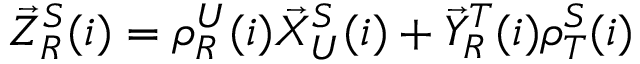
\begin{array} { r } { \vec { Z } _ { R } ^ { S } ( i ) = \rho _ { R } ^ { U } ( i ) \vec { X } _ { U } ^ { S } ( i ) + \vec { Y } _ { R } ^ { T } ( i ) \rho _ { T } ^ { S } ( i ) } \end{array}